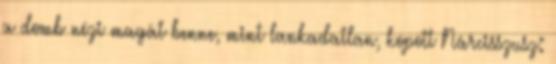
a domb nézi magát benne, mint lankadatlan, kopott Nárcisszusz: